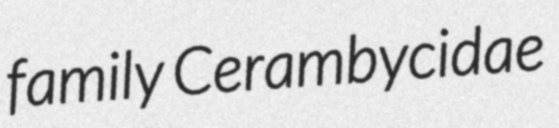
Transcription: family Cerambycidae